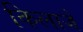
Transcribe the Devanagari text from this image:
किलाजे